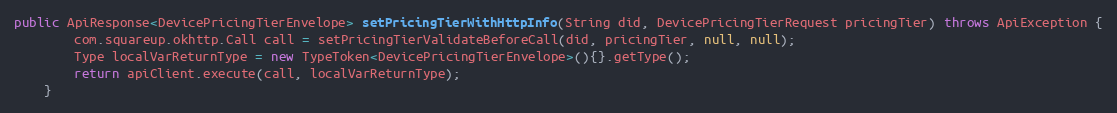
Language: Java
public ApiResponse<DevicePricingTierEnvelope> setPricingTierWithHttpInfo(String did, DevicePricingTierRequest pricingTier) throws ApiException {
        com.squareup.okhttp.Call call = setPricingTierValidateBeforeCall(did, pricingTier, null, null);
        Type localVarReturnType = new TypeToken<DevicePricingTierEnvelope>(){}.getType();
        return apiClient.execute(call, localVarReturnType);
    }